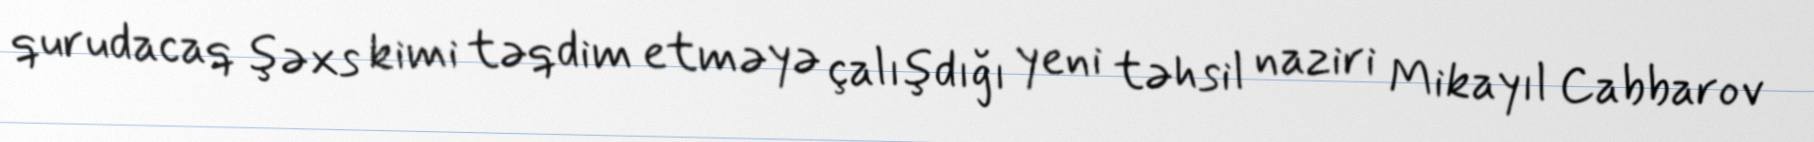
qurudacaq şəxs kimi təqdim etməyə çalışdığı yeni təhsil naziri Mikayıl Cabbarov